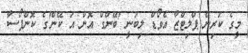
މީގެ ކުރިން ޕްލިޓްޒާ އެވޯޑް ލިބުނީ 'ބޭންގް އޮން އަ ކޭން'ގެ ކޮންޕޯސާ